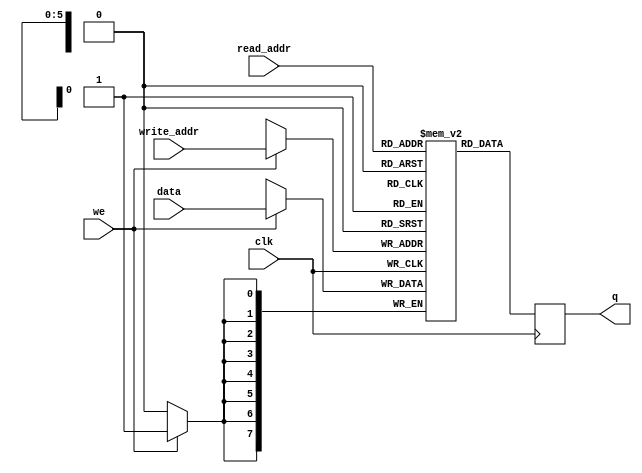
module ram_single_port1(
  output reg [7:0]q,
  input [7:0] data,
  input [5:0] read_addr, write_addr,
  input we, clk
);
  reg[7:0] ram[63:0];
  always@(posedge clk)
    begin
      if(we)
        ram[write_addr] <= data;
      q <= ram[read_addr];
    end
endmodule